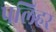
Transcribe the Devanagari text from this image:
पलिहर